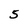
Character: 5